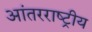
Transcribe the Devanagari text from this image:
आंतरराष्‍ट्रीय